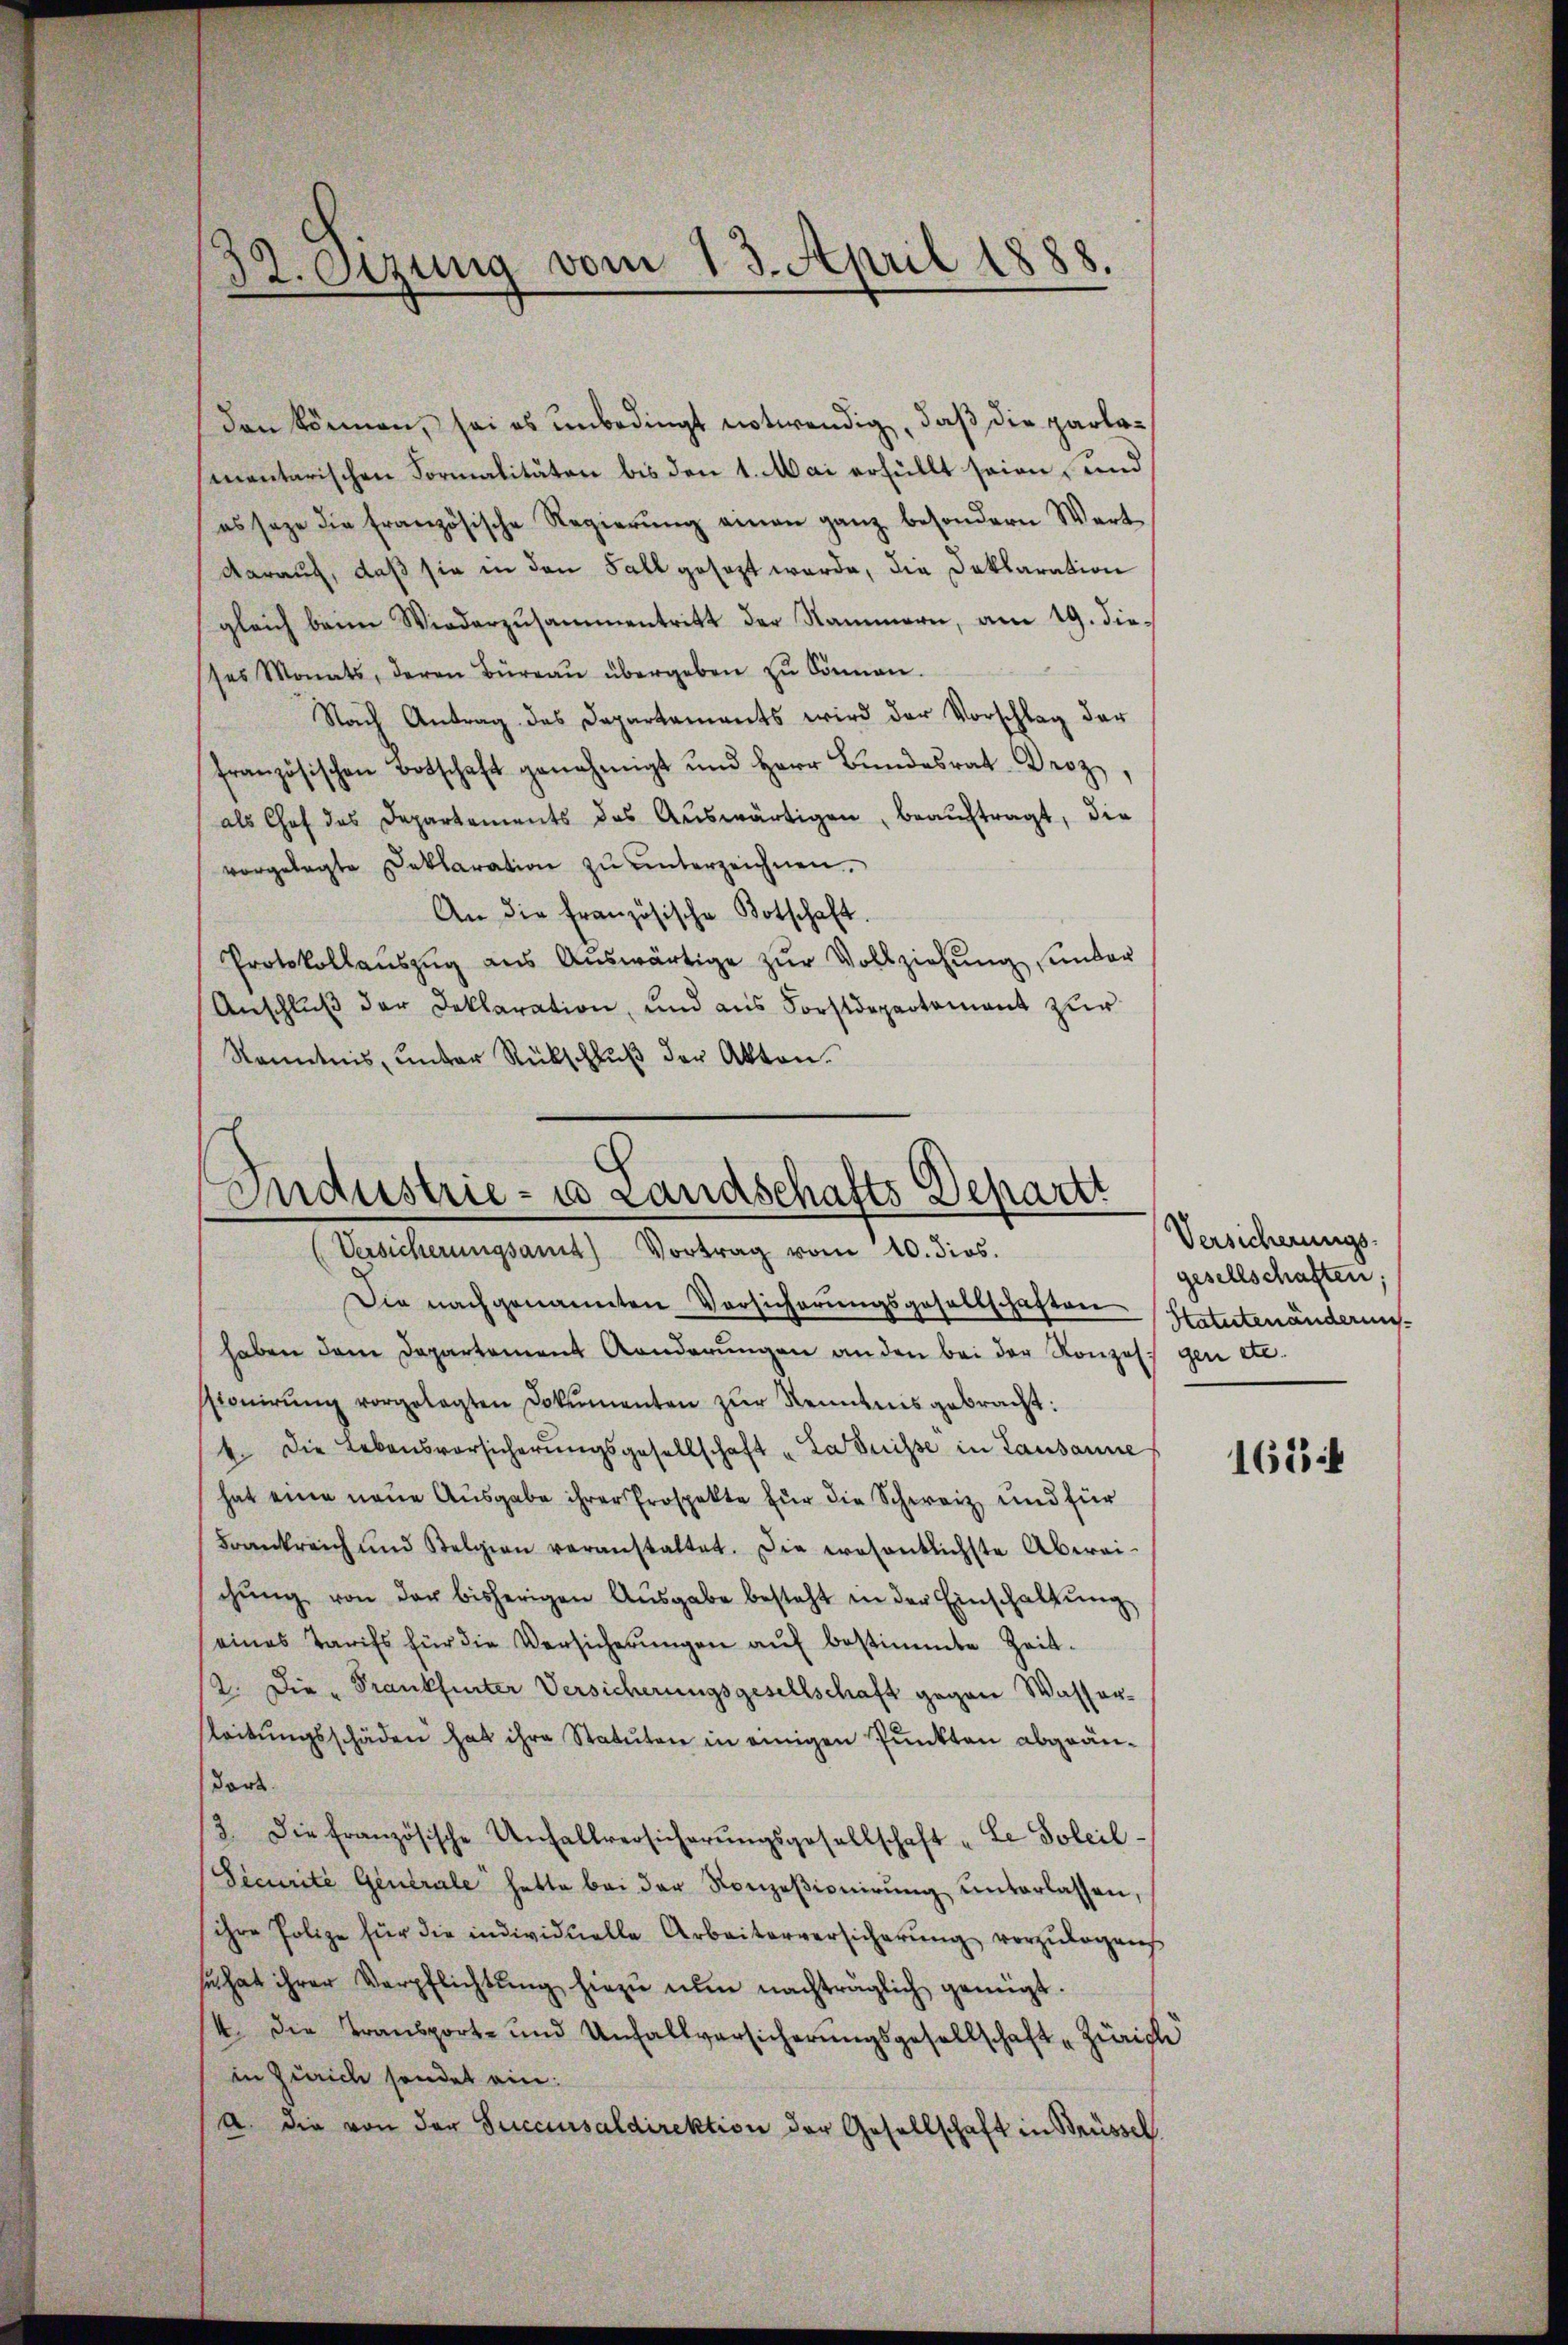
den können, sei es unbedingt notwendig, daß die parlomentarischen Formalitäten bis den 1. Mai erfüllt seien, und
es sage die französische Regierŭng einen ganz besondern Wert-
darauf, daß sie in den Fall gesezt werde, die Deklaration
gleich beim Wiederzusammentritt der Nammern, am 19. dieses Monats, deren Büreaŭ übergeben zŭ können.
Nach Antrag des Departements wird der Vorschlag der
französischen Botschaft genehmigt und Herr Bŭndesrat Droz
als Chef des Departements des Aŭswärtigen, beaŭftragt, die
vorgelegte Deklaration zu unterzeichnen.
An die französische Botschaft.
Protokollaŭszŭg aŭs Aŭswärtige zŭr Vollziehung unter
Anschluß der Deklaration, und aus Forstdepartement zur
Kenntnis, unter Rückschlŭβ der Akten.

32. Oezung vom 13. April 1888.

Industrie- u Landschafts Departt
(Versicherungsamt Vortrag vom 10. dies

Die nachgenannten Vorsicherungsgesellschaften Statutenänderunshaben dem Departement Kanderungen an den bei der Konzess gen etc.
sionierŭng vorgelegten Dokumenten zŭr Kenntnis gebracht:
4. Die Lebensvorsicherŭngsgesellschaft „Ladnisse in Lausanne
hat eine neue Ausgabe ihrer Prospekte für die Schweiz und für
Frankreich und Stelgien veranstaltet. Die wesentlichste Abwei-
chŭng von der bisherigen Aŭsgabe besteht in der Einschaltŭng
eines Tarifs für die Versicherŭngen aŭf bestimmte Zeit-
2. Die Frankheiter Versicherungsgesellschaft gegen Wasser-
Leitŭngsschäden hat ihre Statuten in einigen Punkten abgeän¬
Fort
/3. Die französische Unfallversicherŭngsgesellschaft „Le Soleil-
Securite Generale hatte bei der Konzeβionirŭng ŭnterlassen,
ihre Polize für die individuelle Arbeiterversicherung vorzulegens
se hat ihrer Verpflichtŭng hiezŭ nun nachträglich genügt.
4. Die Transport- und Unfallversicherungsgesellschaft „Zürich
in Zürich sendet ein:
a. die von der Succursaldirektion der Gesellschaft in Brüssel

Versicherungs-
gesellschaften;

1614